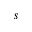
s